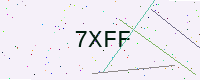
Text: 7XFF